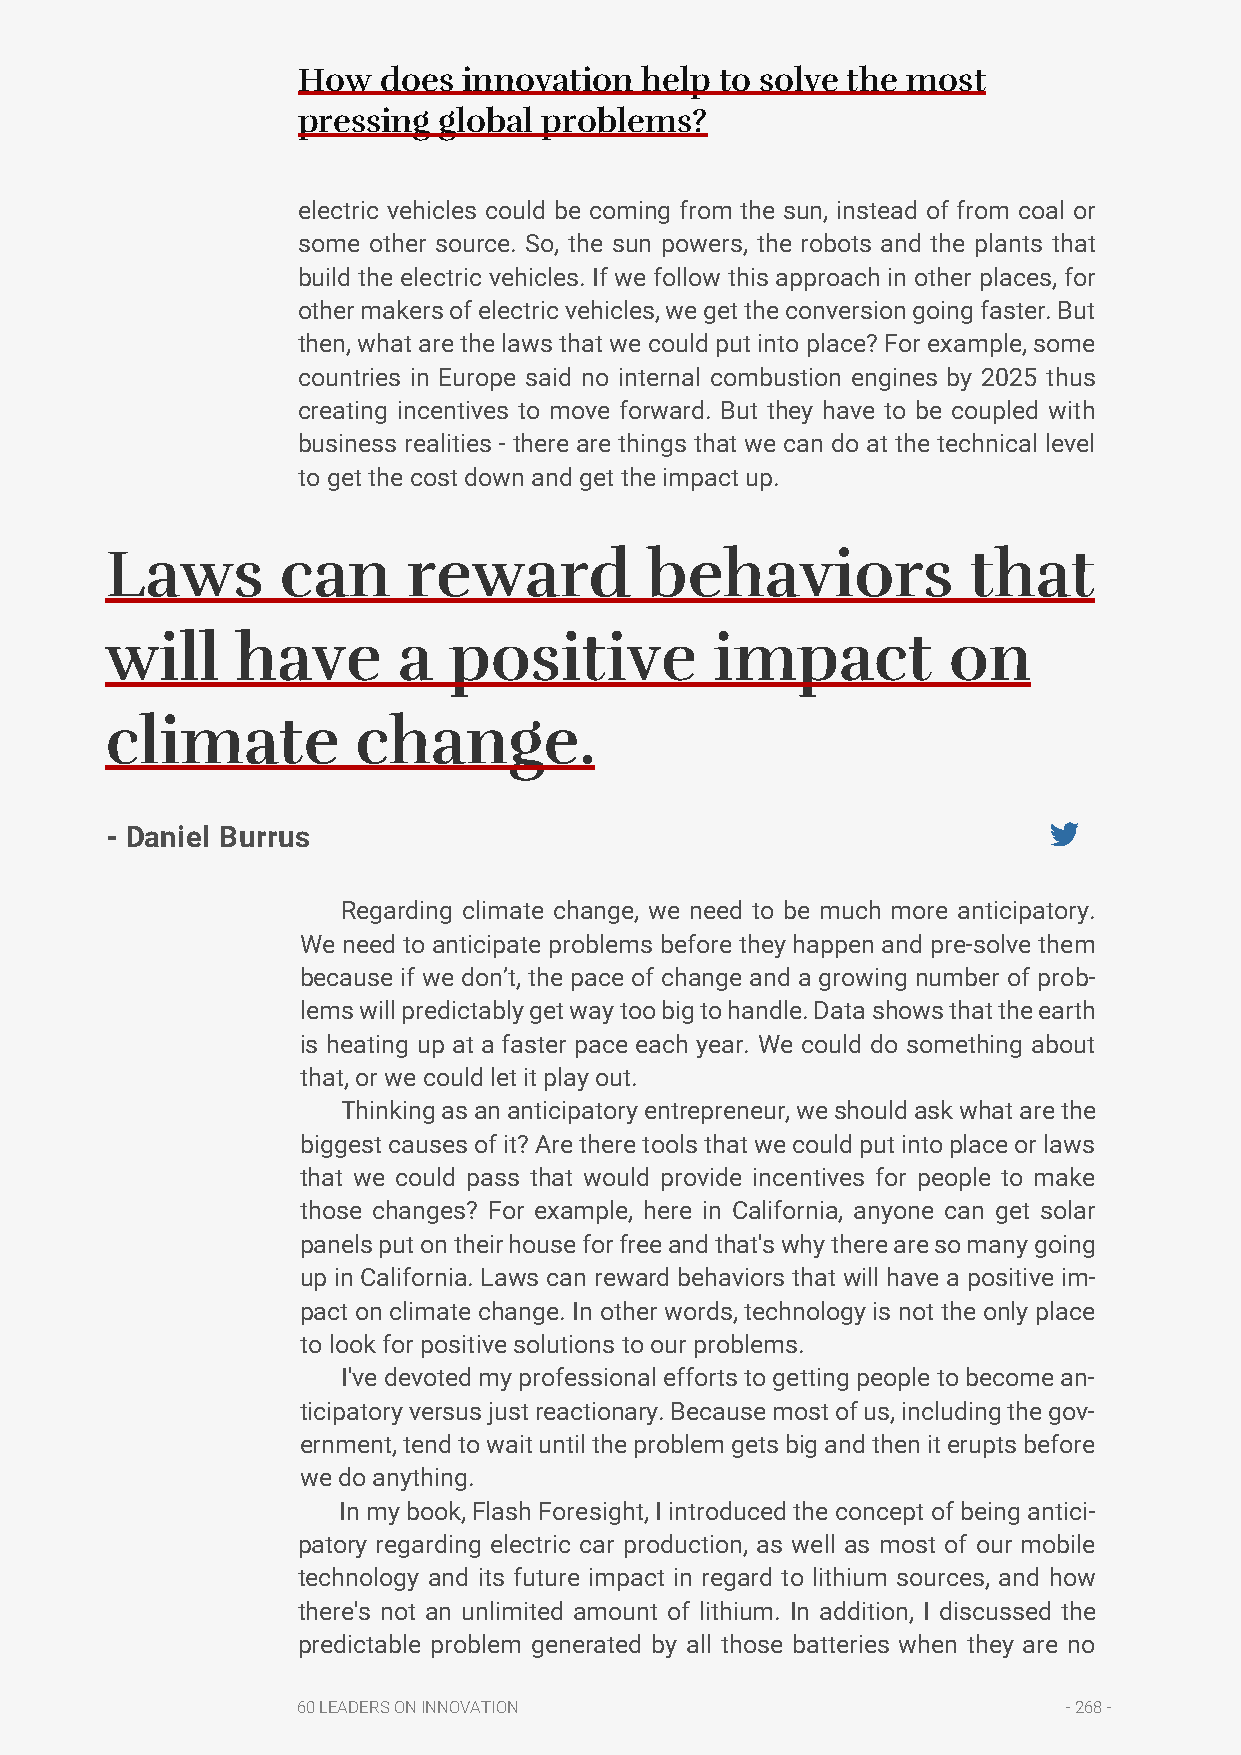
How  does  innovation help  to solve the most
 pressing global problems?
 electric vehicles could be coming from the sun, instead of from coal or
 some other source. So, the sun powers, the robots and the plants that
 build the electric vehicles. If we follow this approach in other places, for
 other makers of electric vehicles, we get the conversion going faster. But
 then, what are the laws that we could put into place? For example, some
 countries in Europe said no internal combustion engines by 2025 thus
 creating incentives to move forward. But they have to be coupled with
 business realities - there are things that we can do at the technical level
 to get the cost down and get the impact up.
 Laws        can     reward          behaviors            that
 will     have      a   positive         impact          on
 climate          change.
 - Daniel Burrus
 Regarding climate change, we need to be much more anticipatory.
 We need to anticipate problems before they happen and pre-solve them
 because if we don’t, the pace of change and a growing number of prob-
 lems will predictably get way too big to handle. Data shows that the earth
 is heating up at a faster pace each year. We could do something about
 that, or we could let it play out.
 Thinking as an anticipatory entrepreneur, we should ask what are the
 biggest causes of it? Are there tools that we could put into place or laws
 that we could pass that would provide incentives for people to make
 those changes? For example, here in California, anyone can get solar
 panels put on their house for free and that's why there are so many going
 up in California. Laws can reward behaviors that will have a positive im-
 pact on climate change. In other words, technology is not the only place
 to look for positive solutions to our problems.
 I've devoted my professional efforts to getting people to become an-
 ticipatory versus just reactionary. Because most of us, including the gov-
 ernment, tend to wait until the problem gets big and then it erupts before
 we do anything.
 In my book, Flash Foresight, I introduced the concept of being antici-
 patory regarding electric car production, as well as most of our mobile
 technology and its future impact in regard to lithium sources, and how
 there's not an unlimited amount of lithium. In addition, I discussed the
 predictable problem generated by all those batteries when they are no
 60 LEADERS ON INNOVATION                           - 268 -